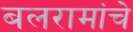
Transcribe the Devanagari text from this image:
बलरामांचे